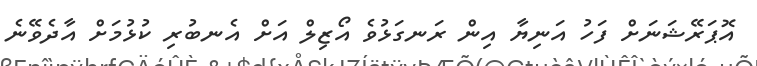
އޮޕަރޭޝަނަށް ފަހު އަނިޔާ އިން ރަނގަޅުވެ އޯޒިލް އަށް އެނބުރި ކުޅުމަށް އާދެވޭނެ